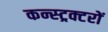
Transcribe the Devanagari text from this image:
कन्स्ट्रक्टरों